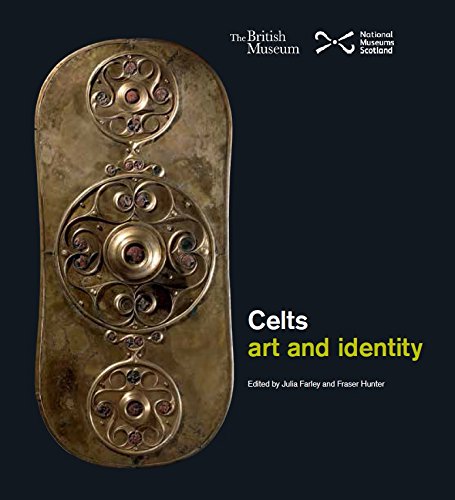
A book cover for Celts: Art and Identity; Science & Math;